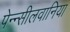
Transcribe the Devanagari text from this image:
पेन्न्सीलवानिया